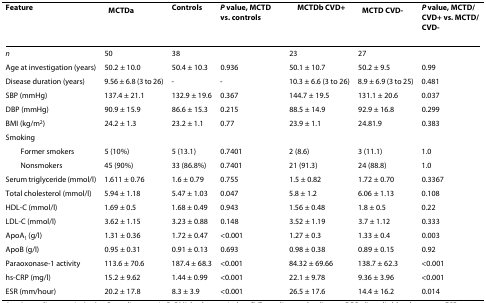
<table><thead><tr><td><b>Feature</b></td><td><b>MCTD<sup>a</sup></b></td><td><b>Controls</b></td><td><b><i>P </i>value, MCTD vs. controls</b></td><td><b>MCTD<sup>b </sup>CVD<sup>+</sup></b></td><td><b>MCTD CVD<sup>-</sup></b></td><td><b><i>P </i>value, MCTD/CVD<sup>+ </sup>vs. MCTD/CVD<sup>-</sup></b></td></tr></thead><tbody><tr><td><i>n</i></td><td>50</td><td>38</td><td>[EMPTY_CELL]</td><td>23</td><td>27</td><td>[EMPTY_CELL]</td></tr><tr><td>Age at investigation (years)</td><td>50.2 ± 10.0</td><td>50.4 ± 10.3</td><td>0.936</td><td>50.1 ± 10.7</td><td>50.2 ± 9.5</td><td>0.99</td></tr><tr><td>Disease duration (years)</td><td>9.56 ± 6.8 (3 to 26)</td><td>-</td><td>-</td><td>10.3 ± 6.6 (3 to 26)</td><td>8.9 ± 6.9 (3 to 25)</td><td>0.481</td></tr><tr><td>SBP (mmHg)</td><td>137.4 ± 21.1</td><td>132.9 ± 19.6</td><td>0.367</td><td>144.7 ± 19.5</td><td>131.1 ± 20.6</td><td>0.037</td></tr><tr><td>DBP (mmHg)</td><td>90.9 ± 15.9</td><td>86.6 ± 15.3</td><td>0.215</td><td>88.5 ± 14.9</td><td>92.9 ± 16.8</td><td>0.299</td></tr><tr><td>BMI (kg/m<sup>2</sup>)</td><td>24.2 ± 1.3</td><td>23.2 ± 1.1</td><td>0.77</td><td>23.9 ± 1.1</td><td>24.81.9</td><td>0.383</td></tr><tr><td>Smoking</td><td>[EMPTY_CELL]</td><td>[EMPTY_CELL]</td><td>[EMPTY_CELL]</td><td>[EMPTY_CELL]</td><td>[EMPTY_CELL]</td><td>[EMPTY_CELL]</td></tr><tr><td> Former smokers</td><td>5 (10%)</td><td>5 (13.1)</td><td>0.7401</td><td>2 (8.6)</td><td>3 (11.1)</td><td>1.0</td></tr><tr><td> Nonsmokers</td><td>45 (90%)</td><td>33 (86.8%)</td><td>0.7401</td><td>21 (91.3)</td><td>24 (88.8)</td><td>1.0</td></tr><tr><td>Serum triglyceride (mmol/l)</td><td>1.611 ± 0.76</td><td>1.6 ± 0.79</td><td>0.755</td><td>1.5 ± 0.82</td><td>1.72 ± 0.70</td><td>0.3367</td></tr><tr><td>Total cholesterol (mmol/l)</td><td>5.94 ± 1.18</td><td>5.47 ± 1.03</td><td>0.047</td><td>5.8 ± 1.2</td><td>6.06 ± 1.13</td><td>0.108</td></tr><tr><td>HDL-C (mmol/l)</td><td>1.69 ± 0.5</td><td>1.68 ± 0.49</td><td>0.943</td><td>1.56 ± 0.48</td><td>1.8 ± 0.5</td><td>0.22</td></tr><tr><td>LDL-C (mmol/l)</td><td>3.62 ± 1.15</td><td>3.23 ± 0.88</td><td>0.148</td><td>3.52 ± 1.19</td><td>3.7 ± 1.12</td><td>0.333</td></tr><tr><td>ApoA<sub>1 </sub>(g/l)</td><td>1.31 ± 0.36</td><td>1.72 ± 0.47</td><td>&lt;0.001</td><td>1.27 ± 0.3</td><td>1.33 ± 0.4</td><td>0.003</td></tr><tr><td>ApoB (g/l)</td><td>0.95 ± 0.31</td><td>0.91 ± 0.13</td><td>0.693</td><td>0.98 ± 0.38</td><td>0.89 ± 0.15</td><td>0.92</td></tr><tr><td>Paraoxonase-1 activity</td><td>113.6 ± 70.6</td><td>187.4 ± 68.3</td><td>&lt;0.001</td><td>84.32 ± 69.66</td><td>138.7 ± 62.3</td><td>&lt;0.001</td></tr><tr><td>hs-CRP (mg/l)</td><td>15.2 ± 9.62</td><td>1.44 ± 0.99</td><td>&lt;0.001</td><td>22.1 ± 9.78</td><td>9.36 ± 3.96</td><td>&lt;0.001</td></tr><tr><td>ESR (mm/hour)</td><td>20.2 ± 17.8</td><td>8.3 ± 3.9</td><td>&lt;0.001</td><td>26.5 ± 17.6</td><td>14.4 ± 16.2</td><td>0.014</td></tr></tbody></table>